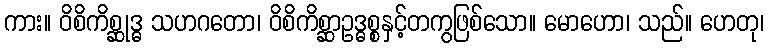
ကား။ ဝိစိကိစ္ဆုဒ္ဓ သဟဂတော၊ ဝိစိကိစ္ဆာဥဒ္ဓစ္စနှင့်တကွဖြစ်သော။ မောဟော၊ သည်။ ဟေတု၊